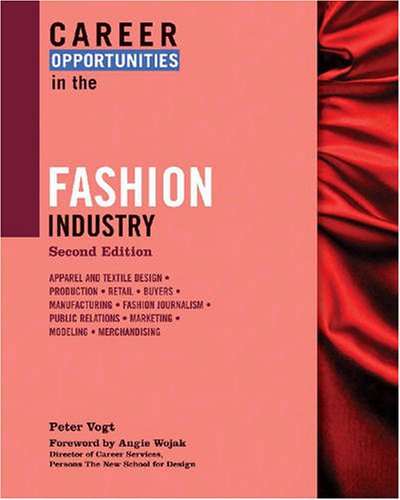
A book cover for Career Opportunities in the Fashion Industry; Peter Vogt; Teen & Young Adult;